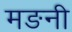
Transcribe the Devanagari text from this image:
मङनी